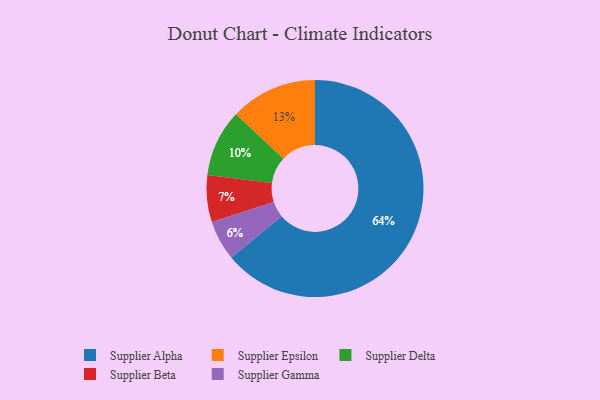
{"axis": {"x": "Category", "y": "Percentage"}, "legend": ["Supplier Alpha", "Supplier Beta", "Supplier Delta", "Supplier Epsilon", "Supplier Gamma"], "data": [{"x": "Supplier Epsilon", "y": 13, "type": "Supplier Epsilon"}, {"x": "Supplier Delta", "y": 10, "type": "Supplier Delta"}, {"x": "Supplier Beta", "y": 7, "type": "Supplier Beta"}, {"x": "Supplier Gamma", "y": 6, "type": "Supplier Gamma"}, {"x": "Supplier Alpha", "y": 64, "type": "Supplier Alpha"}]}